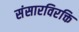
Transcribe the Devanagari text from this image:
संसारविरक्ति